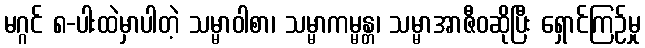
မဂ္ဂင် ၈-ပါးထဲမှာပါတဲ့ သမ္မာဝါစာ၊ သမ္မာကမ္မန္တ၊ သမ္မာအာဇီဝဆိုပြီး ရှောင်ကြဉ်မှု